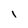
Character: I